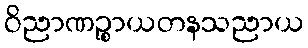
ဝိညာဏဉ္စာယတနသညာယ